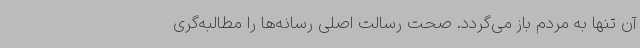
آن تنها به مردم باز می‌گردد. صحت رسالت اصلی رسانه‌ها را مطالبه‌گری